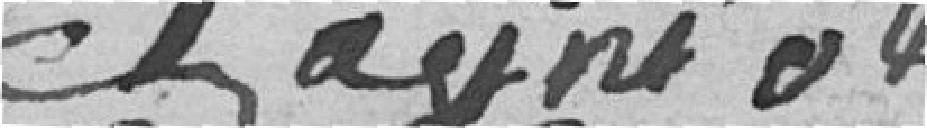
Chayniot